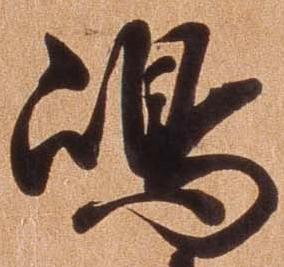
島